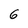
Character: 6